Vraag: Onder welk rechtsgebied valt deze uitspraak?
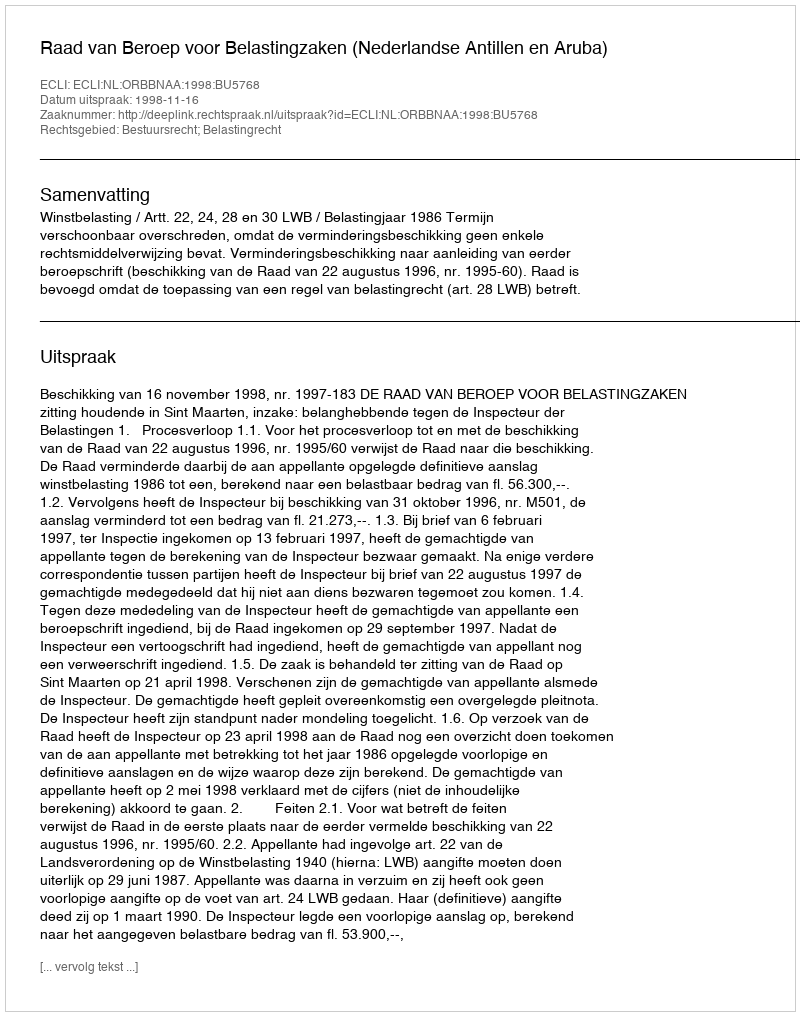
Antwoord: Bestuursrecht; Belastingrecht